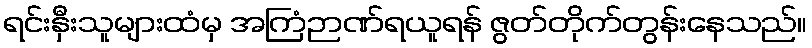
ရင်းနှီးသူများထံမှ အကြံဉာဏ်ရယူရန် ဇွတ်တိုက်တွန်းနေသည်။